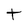
Character: t